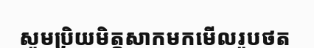
សូមប្រិយមិត្តសាកមកមើលរូបថត